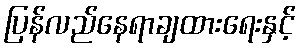
ပြန်လည်နေရာချထားရေးနှင့်